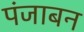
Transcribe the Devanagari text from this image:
पंजाबन